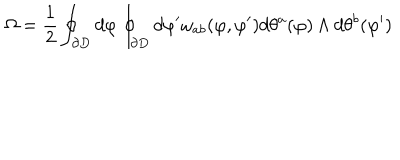
LaTeX: \Omega = \frac { 1 } { 2 } \oint _ { \partial D } d \varphi \oint _ { \partial D } d \varphi ^ { \prime } \omega _ { a b } ( \varphi , \varphi ^ { \prime } ) d \theta ^ { a } ( \varphi ) \wedge d \theta ^ { b } ( \varphi ^ { \prime } )